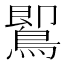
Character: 𪃹